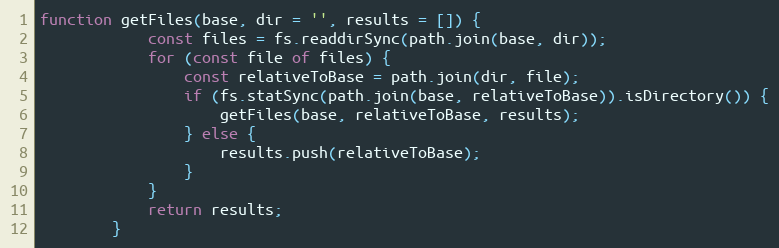
Language: JavaScript
function getFiles(base, dir = '', results = []) {
            const files = fs.readdirSync(path.join(base, dir));
            for (const file of files) {
                const relativeToBase = path.join(dir, file);
                if (fs.statSync(path.join(base, relativeToBase)).isDirectory()) {
                    getFiles(base, relativeToBase, results);
                } else {
                    results.push(relativeToBase);
                }
            }
            return results;
        }